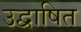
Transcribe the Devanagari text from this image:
उद्वाषित